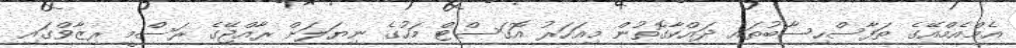
އެމްއެމްއޭގެ ތަފާސްހިސާބުތައ ދައްކާގޮތުން މިއަހަރު އޮގަސްޓް މަހުގެ ނިޔަލަށް ރާއްޖޭގެ ރަސްމީ ރިޒާވްގައި